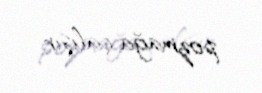
pozmağa çalışır.